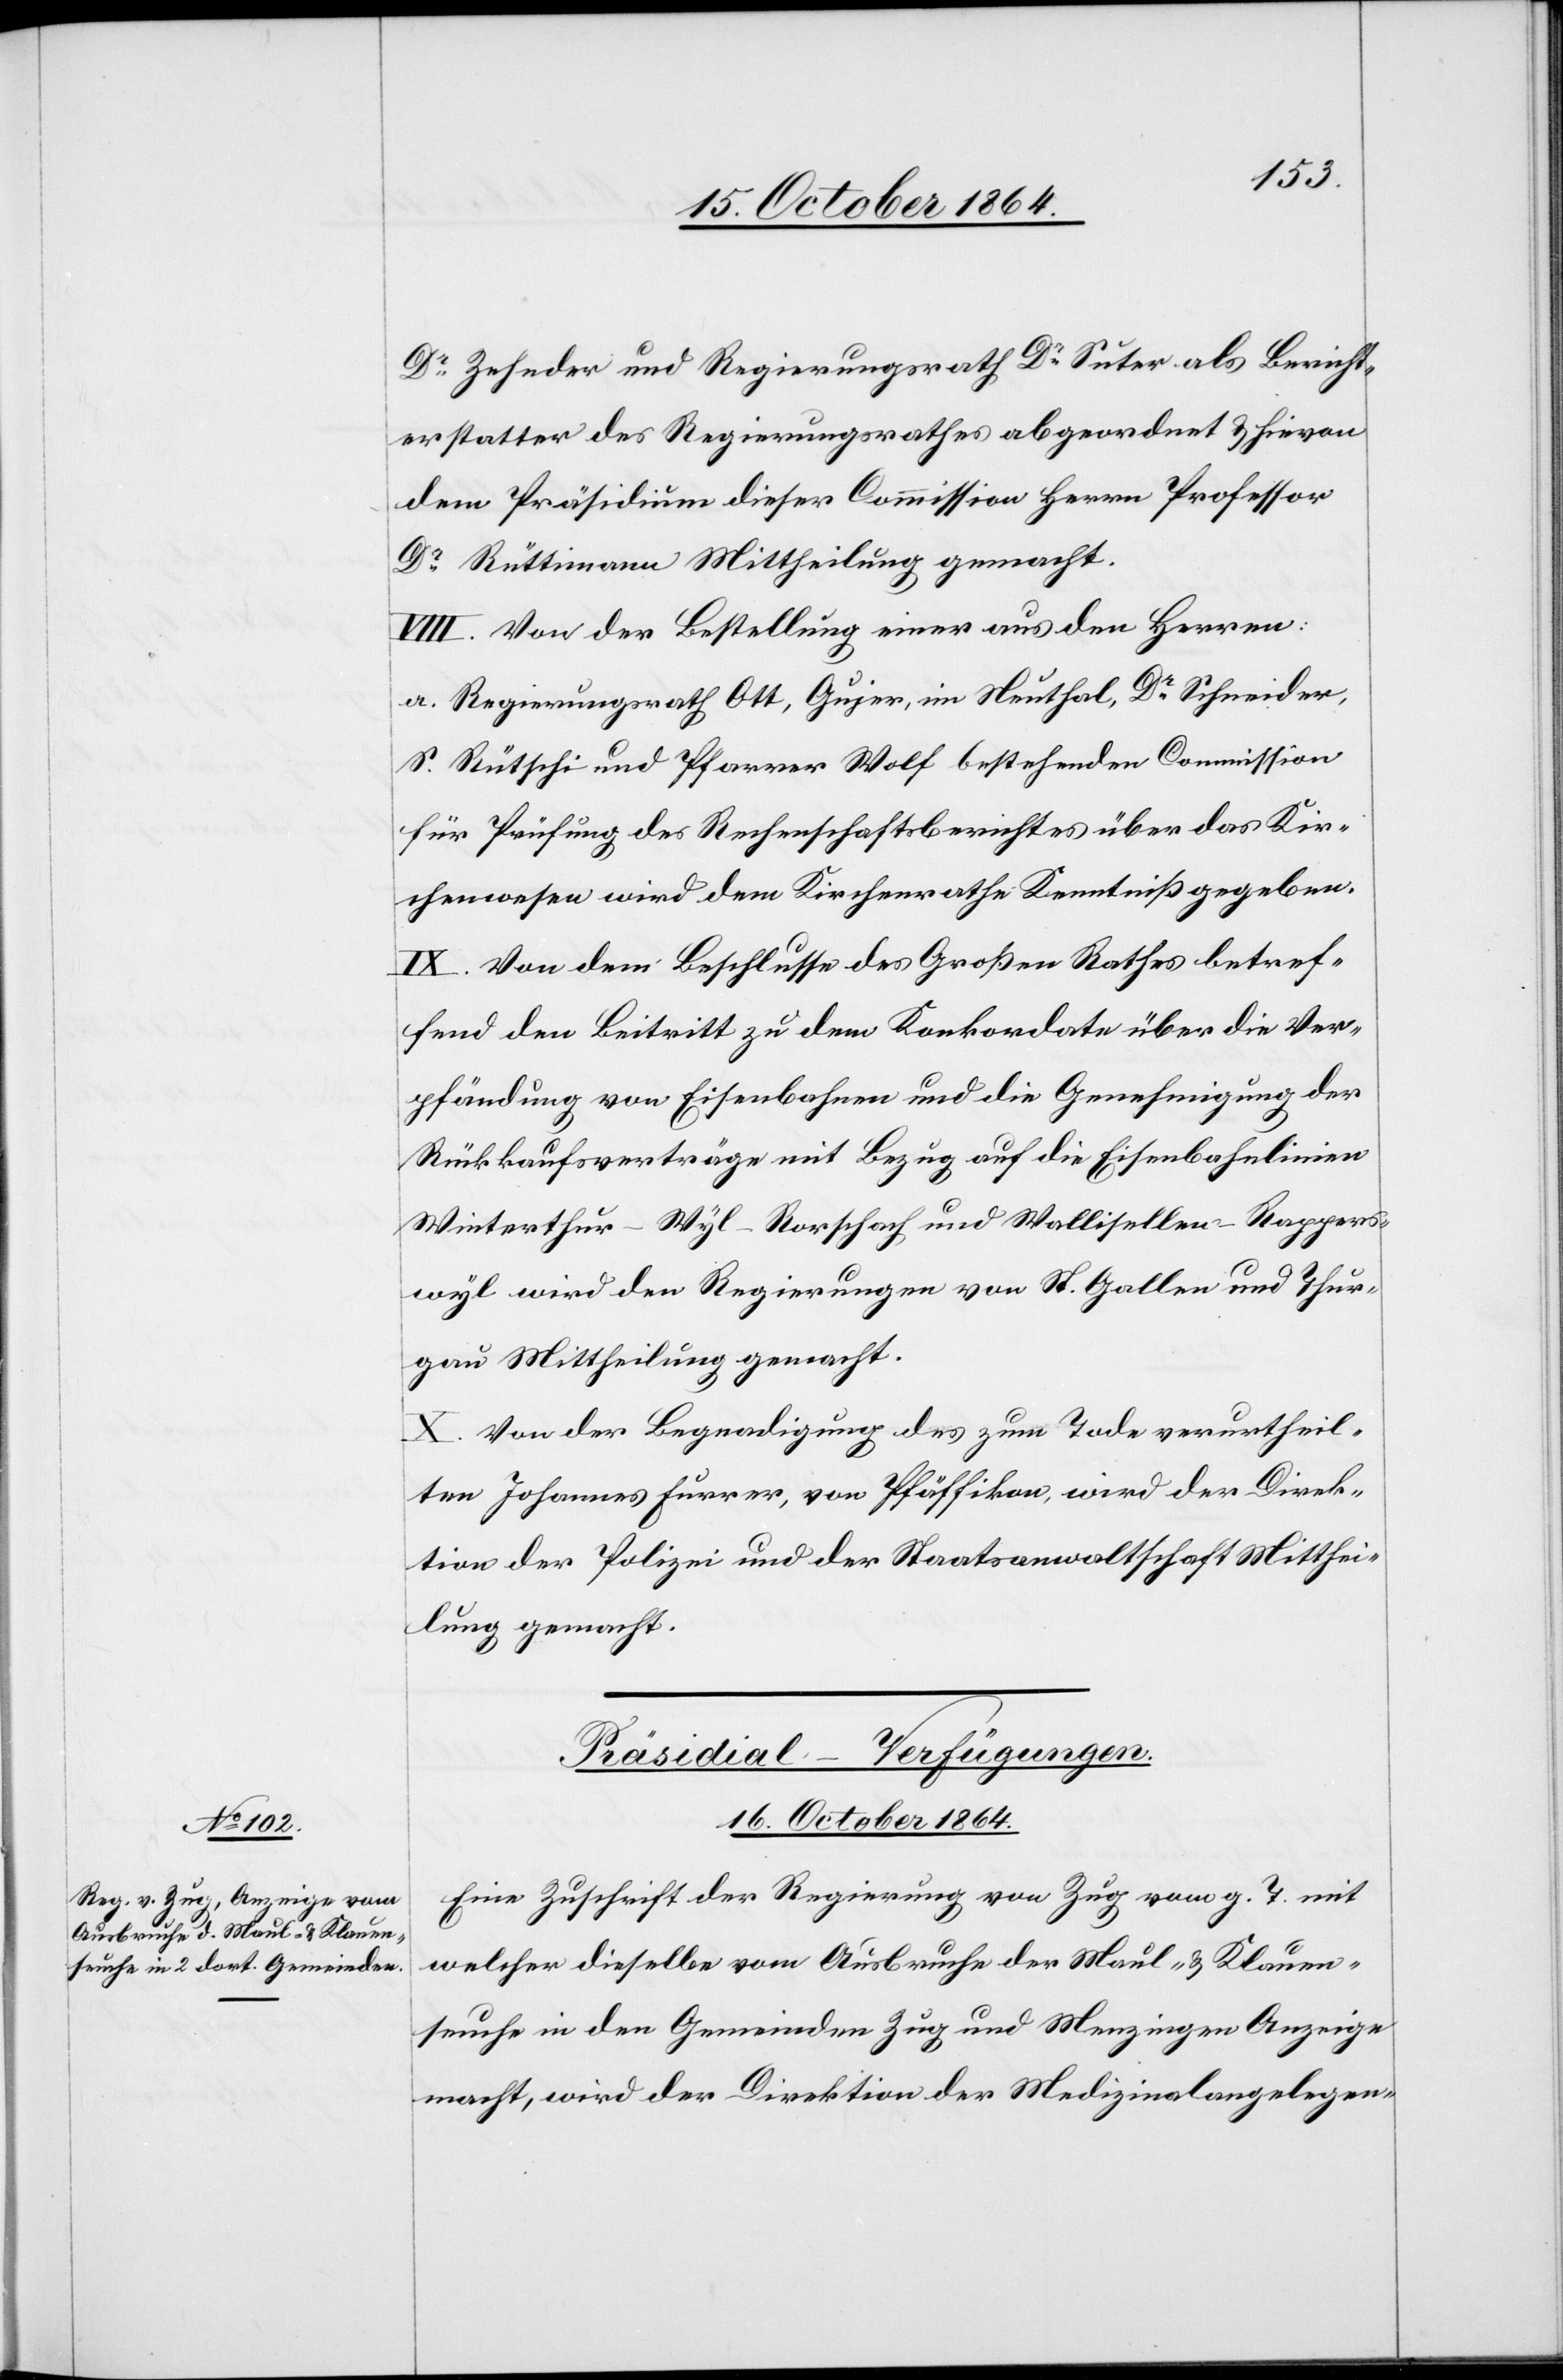
Dr Zehnder und Regierungsrath Dr Suter als Bericht¬
erstatter des Regierungsrathes abgeordnet & hievon
dem Präsidium dieser Commission Herrn Professor
Dr Rüttimann Mittheilung gemacht.
VIII. Von der Bestellung einer aus den Herren
a. Regierungsrath Ott, Guyer, im Neuthal, Dr Schneider,
S. Rütschi und Pfarrer Wolf bestehenden Commission
für Prüfung des Rechenschaftsberichtes über das Kir¬
chenwesen wird dem Kirchenrathe Kenntniß gegeben.
IX. Von dem Beschlusse des Großen Rathes betref¬
fend den Beitritt zu dem Konkordate über die Ver¬
pfändung von Eisenbahnen und die Genehmigung der
Rückkaufsverträge mit Bezug auf die Eisenbahnlinien
Winterthur–Wyl–Rorschach und Wallisellen–Rappers¬
wyl wird den Regierungen von St. Gallen und Thur¬
gau Mittheilung gemacht.
X. Von der Begnadigung des zum Tode verurtheil¬
ten Johannes Furrer, von Pfäffikon, wird der Direk¬
tion der Polizei und der Staatsanwaltschaft Mitthei¬
lung gemacht.
Präsidial-Verfügungen.
16. October 1864.
Eine Zuschrift der Regierung von Zug vom g. T. mit
welcher dieselbe vom Ausbruche der Maul- & Klauen¬
seuche in den Gemeinden Zug und Menzingen Anzeige
macht, wird der Direktion der Medizinalangelegen-